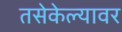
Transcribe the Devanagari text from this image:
तसेकेल्यावर